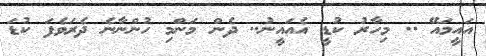
އައީމައޭ .. މިހާރު ކުޑީ އެއައީނު.. ދެން މަންމި ހުންނާނެ ދެރަވެފަ ކުޑަ